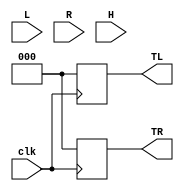
module t_l (input clk, L, R, H, output reg [2:0] TL, TR);
	always @(posedge clk) begin
		if (1 == H) begin
			if (TL == 3'b000 && TR == 3'b000) begin
				TL <= 3'b000;TR <= 3'b000;#10;
				TL <= 3'b100;TR <= 3'b001;#10;
				TL <= 3'b110;TR <= 3'b011;#10;
				TL <= 3'b111;TR <= 3'b111;#10;
				TL <= 3'b110;TR <= 3'b011;#10;
				TL <= 3'b100;TR <= 3'b001;#10;
				TL <= 3'b000;TR <= 3'b000;#10;
			end
			else begin
				TL <= 3'b000;
				TR <= 3'b000;
			end
		end
		else if (1 == L) begin
			TR <= 3'b000;#10;
			TL <=3'b100;#10;
			TL <=3'b110;#10;
      TL <=3'b111;#10;	
			TL <=3'b000;
    end
		else if (1 == R) begin
			TL <= 3'b000;#10;
			TR <=3'b001;#10;
			TR <=3'b011;#10;
      TR <=3'b111;#10;	
			TR <=3'b000;
		end
		else begin
			TL <= 3'b000;
			TR <= 3'b000;
		end
	end
endmodule